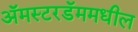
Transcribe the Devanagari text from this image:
अॅमस्टरडॅममधील